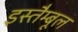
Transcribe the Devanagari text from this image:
इस्तैम्बूल